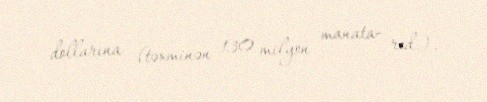
dollarına (təxminən 130 milyon manata- red.).